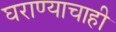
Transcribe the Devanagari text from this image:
घराण्याचाही